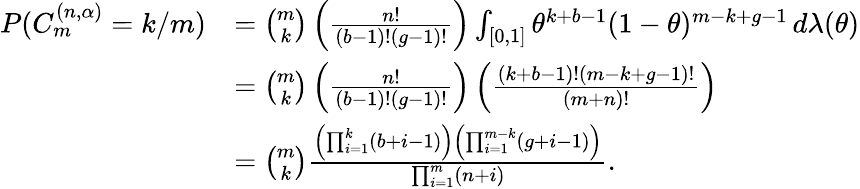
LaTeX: \begin{array}{rl}{P(C_{m}^{(n,\alpha)}=k/m)}&{=\binom{m}{k}\left(\frac{n!}{(b-1)!(g-1)!}\right)\int_{[0,1]}\theta^{k+b-1}(1-\theta)^{m-k+g-1}\, d\lambda(\theta)}\\ &{=\binom{m}{k}\left(\frac{n!}{(b-1)!(g-1)!}\right)\left(\frac{(k+b-1)!(m-k+g-1)!}{(m+n)!}\right)}\\ &{=\binom{m}{k}\frac{\left(\prod_{i=1}^{k}(b+i-1)\right)\left(\prod_{i=1}^{m-k}(g+i-1)\right)}{\prod_{i=1}^{m}(n+i)}.}\end{array}